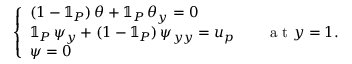
\left\{ \begin{array} { l l } { ( 1 - \mathbb { 1 } _ { P } ) \, \theta + \mathbb { 1 } _ { P } \, \theta _ { y } = 0 } \\ { \mathbb { 1 } _ { P } \, \psi _ { y } + ( 1 - \mathbb { 1 } _ { P } ) \, \psi _ { y y } = u _ { p } \quad \quad \mathrm { ~ a ~ t ~ } y = 1 . } \\ { \psi = 0 } \end{array} \right.